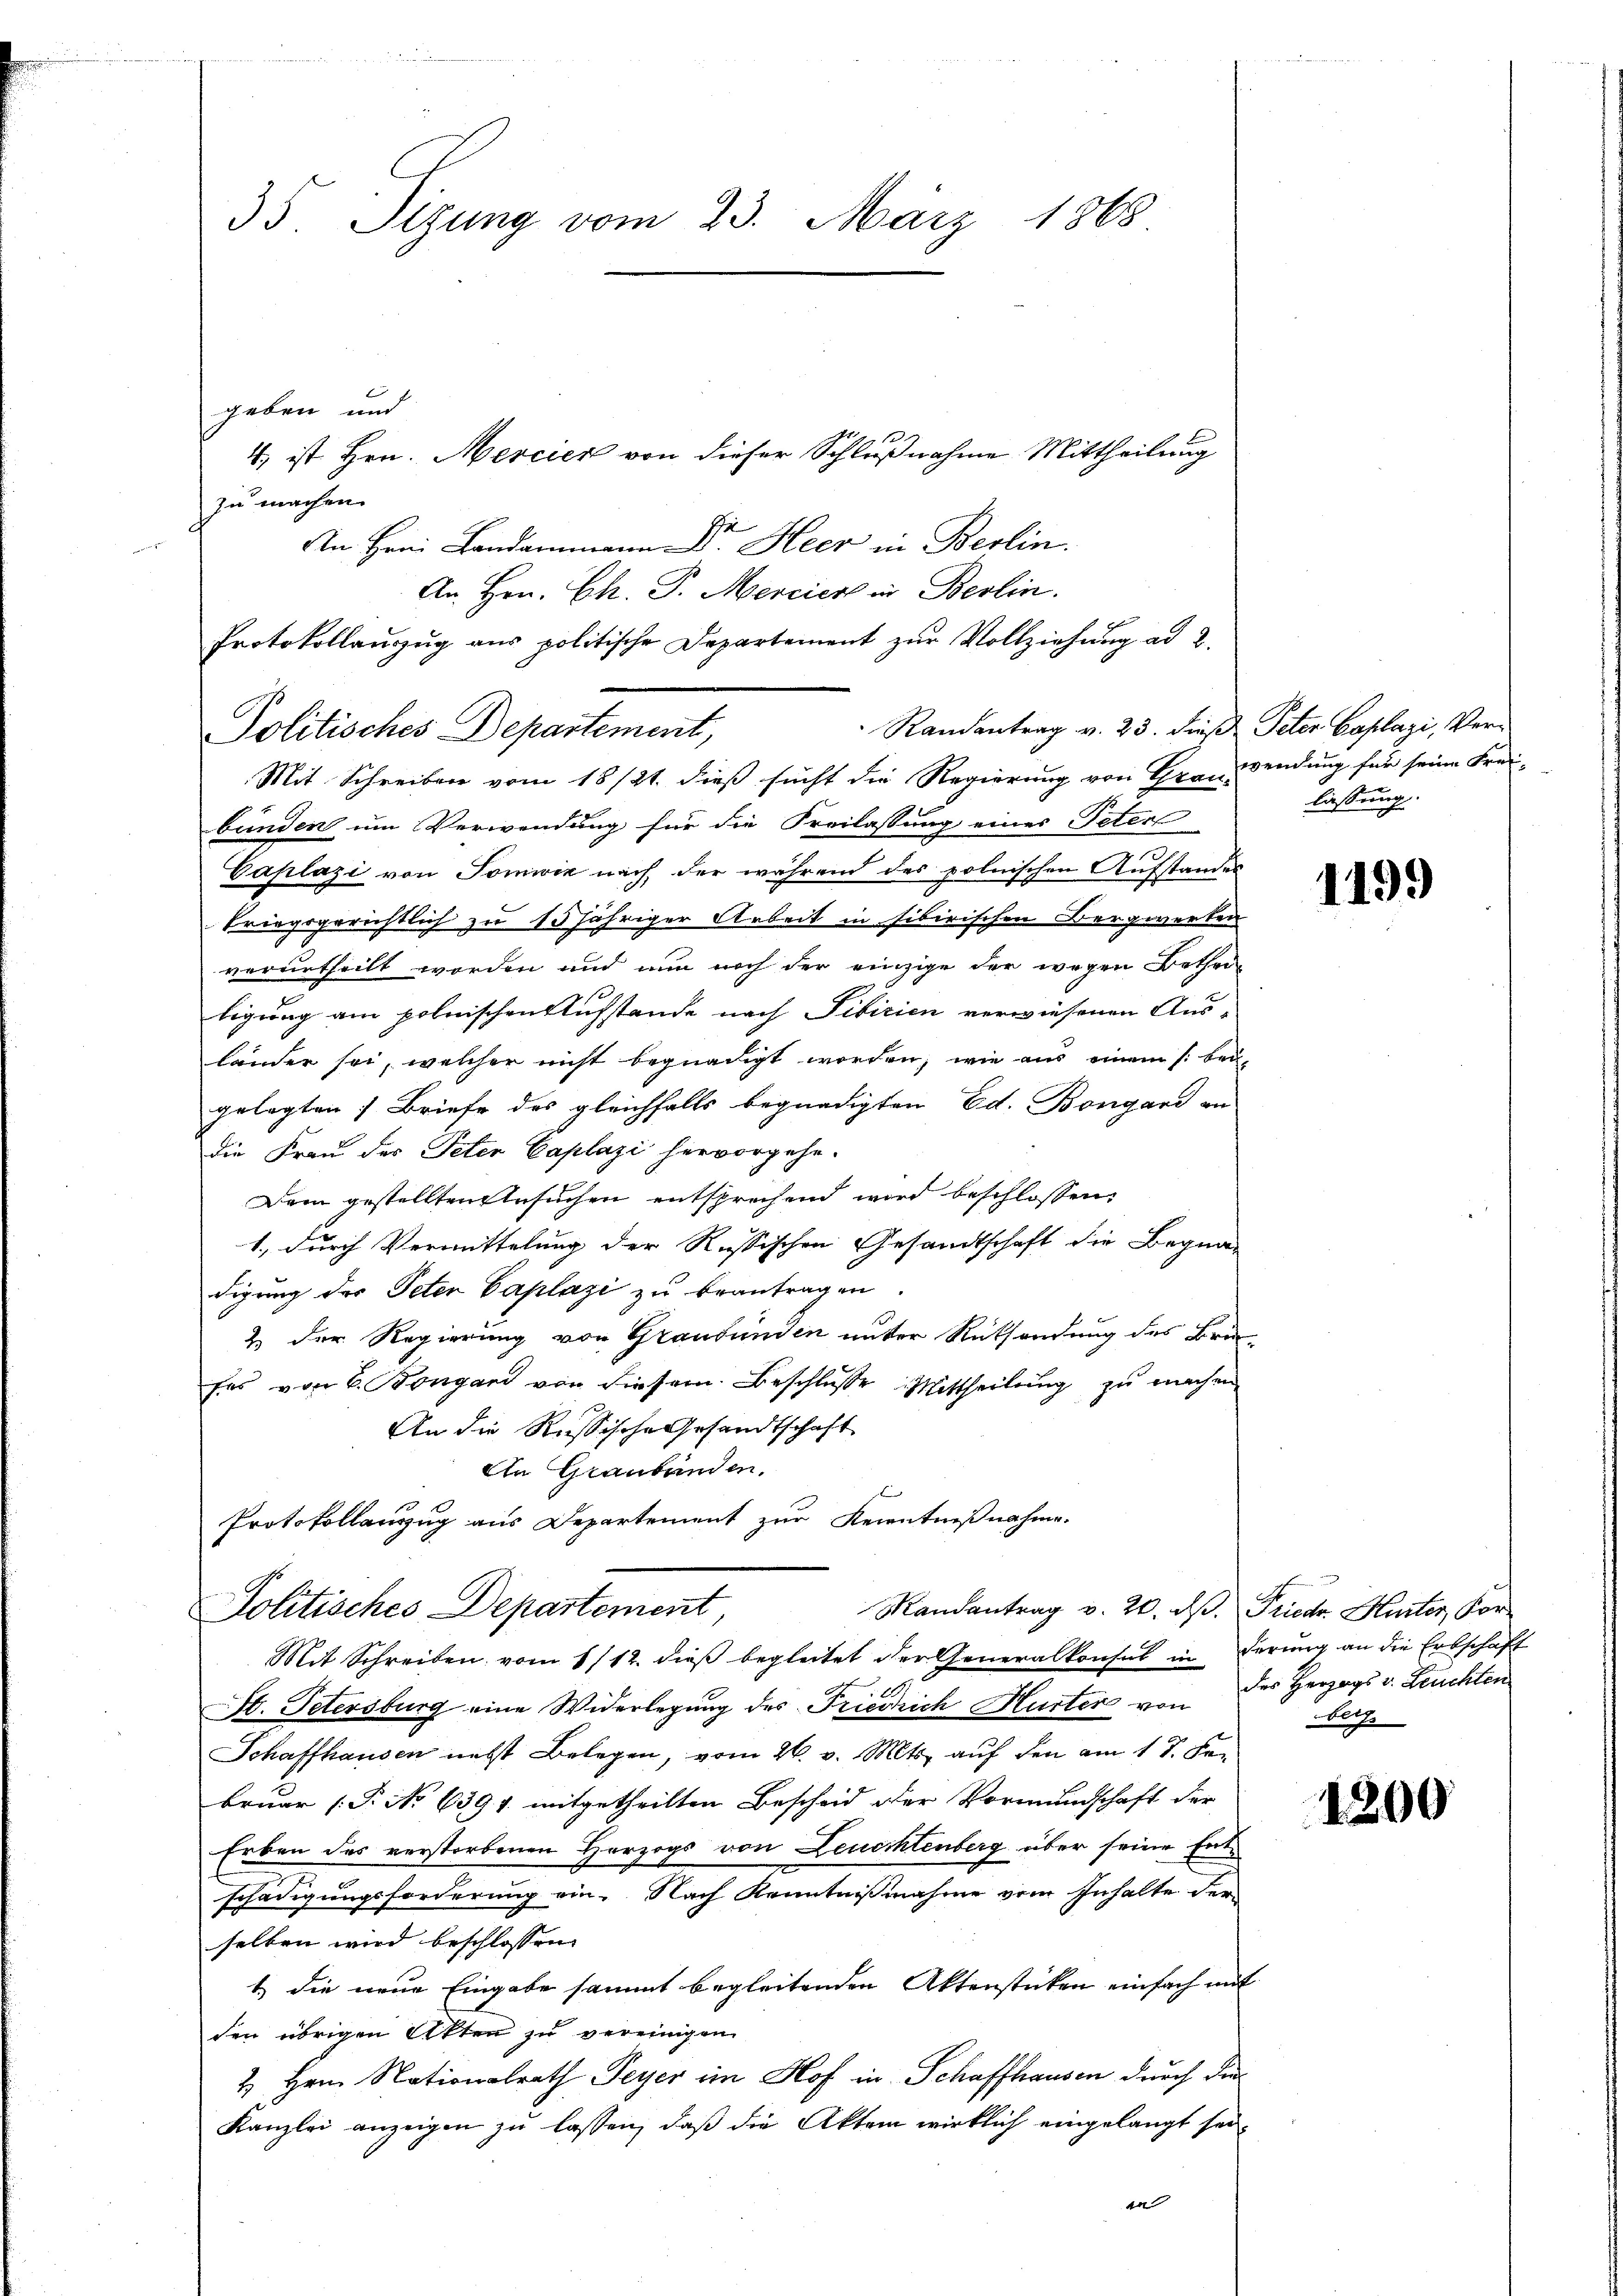
35. Sizung vom 23. März 1868

geben und
zu machen.
An Hrn. Landammann Dr. Heer in Berlin.
An Hrn. Ch. P. Mercier in Berlin.
Protokollanzŭg aŭs politische Departement zŭr Vollziehŭng ad 2.
Randantrag v. 23. dieß Peter Caplazi, Ver-
Mit Schreiben vom 18/21. dieß sucht die Regierung von Tranwendung für seine Frei-
bunden um Verwendung für die Freilassung eines Peter
.
Caplazi von Somiik nach, der während des polnischen Aufstandes
kriegsgerichtlich zu 15 jähriger Arbeit in sibirischen Bergwerken
verurtheilt worden und nun noch der einzige der wegen Betheiligung am polnischen Aufstande nach Tibizien verwiesenen Aus-
länder sei, welcher nicht begnadigt worden, wie aus einem /: bei
gelegten 1 Briefe des gleichfalls begnadigten Ed. Bongard an
die Frau der Peter Caplazi hervorgehe.
Dem gestellten Ansuchen entsprechend wird beschlossen:
1., durch Vermittelung der Russischen Gesandtschaft die Begnadigung der Peten Caplazi zu beantragen
2 der Regierung von Graubünden unter Rücksendung des Bru-
fes von 6. Bongard von diesem Beschlusse Mittheilung zu machen
An die Russische Gesandtschaft
An Graubünden.
 Br
Protokollanzug aus Departement zur Kenntnißnahme.
Mandantrag v. 20. dβ. Friedr. Hurter, Kor-
Politisches Departement
Mit Schreiben vom 1/12. dieß begleitet der Generalkonsul in derung an die Erbschaft
St. Petersburg eine Widerlegung des Friedrich Hurter von der Herzogs v. Leuchten
Schaffhausen nebst Belegen, vom 26. v. Mts. auf den am 17. Fen
bruar (T. No 639 f. mitgetheilten Bescheid der Vormundschaft der
Erben des verstorbenen Herzogs von Leuchtenberg über seine Entschädigungsforderung ein. Nach Kenntnisnahme vom Inhalte der
selben wird beschlossen
1.) die neue Eingabe sammt begleitenden Aktenstücken einfach mit
den übrigen Akten zu vereinigen
2. Her Nationalrath Peyer im Hof in Schaffhausen durch die
Kanzlei anzeigen zu lassen, daß die Aktem wirklich eingelangt sei,
en

Politisches Departement,

4 ist Hrn. Mercier von dieser Schlußnahme Mittheilung

lassung.

1199

berg

1200